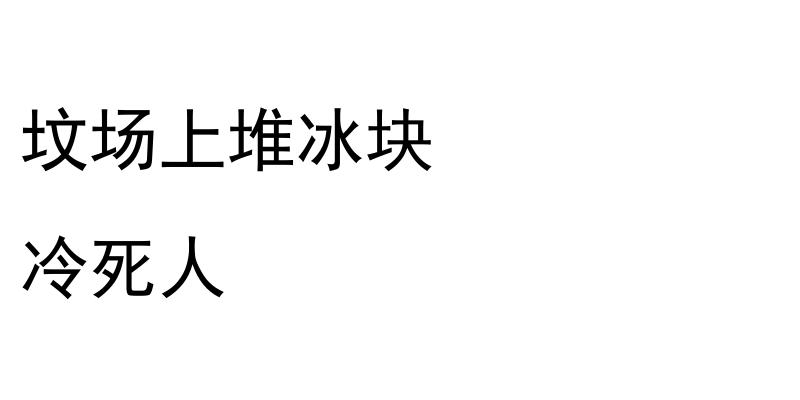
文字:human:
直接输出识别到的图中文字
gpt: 坟场上堆冰块 冷死人